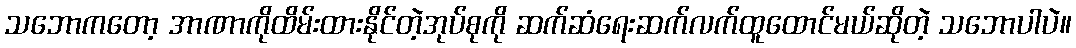
သဘောကတော့ အာဏာကိုထိမ်းထားနိုင်တဲ့အုပ်စုကို ဆက်ဆံရေးဆက်လက်ထူထောင်မယ်ဆိုတဲ့ သဘောပါပဲ။